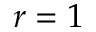
r = 1